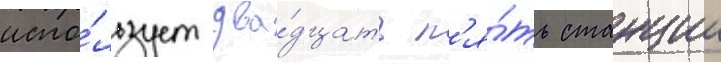
испо́льзует два́дцать п'я́ть станции